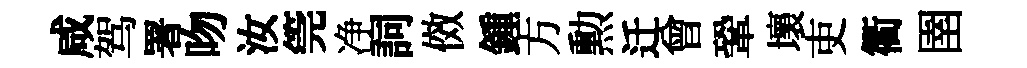
咸驾署吻汝筦净詞傚鍾方勲迁曾鞏壞吏衢圉